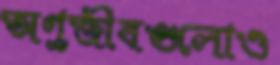
অণুজীবগুলোও